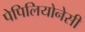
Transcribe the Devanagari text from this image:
पेपिलियोनेसी